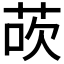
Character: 𫈀